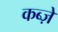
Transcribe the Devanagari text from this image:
कब्‍ज़े